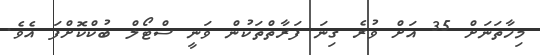
މިހާތަނަށް 35 އަށް ވުރެ ގިނަ ފަރާތްތަކުން ވަނީ ސްޓޯލް ބުކްކޮށްފަ އެވެ.